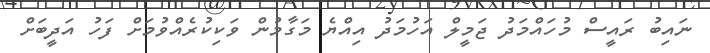
ނައިބު ރައީސް މުހައްމަދު ޖަމީލް އަހުމަދު އިއްޔެ މަގާމުން ވަކިކުރެއްވުމަށް ފަހު އަދީބަށް